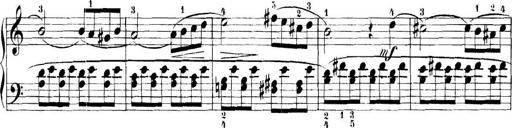
Title: 11 Sonatinas
Composer: Anton Diabelli